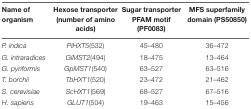
<table><thead><tr><td><b>Name of organism</b></td><td><b>Hexose transporter (number of amino acids)</b></td><td><b>Sugar transporter PFAM motif (PF0083)</b></td><td><b>MFS superfamily domain (PS50850)</b></td></tr></thead><tbody><tr><td><i>P. indica</i></td><td><i>PiHXT5</i>(532)</td><td>45–480</td><td>36–472</td></tr><tr><td><i>G. intraradices</i></td><td><i>GiMST2</i>(494)</td><td>18–475</td><td>13–464</td></tr><tr><td><i>G. pyriformis</i></td><td><i>GpMST1</i>(540)</td><td>63–527</td><td>63–516</td></tr><tr><td><i>T. borchii</i></td><td><i>TbHXT1</i>(520)</td><td>23–472</td><td>21–462</td></tr><tr><td><i>S. cerevisiae</i></td><td><i>ScHXT1</i>(569)</td><td>68–527</td><td>67–516</td></tr><tr><td><i>H. sapiens</i></td><td><i>GLUT1</i>(504)</td><td>19–463</td><td>15–456</td></tr></tbody></table>